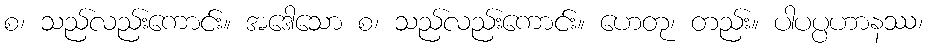
စ၊ သည်လည်းကောင်း။ အဒေါသော စ၊ သည်လည်းကောင်း။ ဟေတု၊ တည်း။ ပါပပ္ပဟာနဿ၊